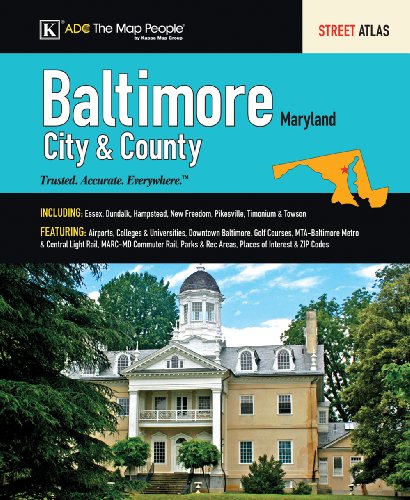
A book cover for ADC Baltimore City & County, MD: Street Atlas; Travel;